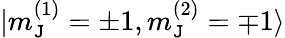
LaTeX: |m_{\mathtt{J}}^{(1)}=\pm1,m_{\mathtt{J}}^{(2)}=\mp1\rangle